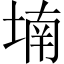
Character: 𡎜